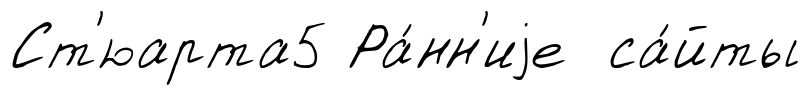
Ст'юарта5 Ра́нн'иjе са́йты